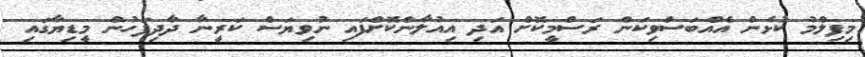
މިފިލްމު ކުޅެން އެއްބަސްވިކަން ރަސްމީކޮށް އަދި އިއުލާންކޮށްފައި ނުވިޔަސް ކަރީނާ ދާދިފަހުން މީޑިޔާގައި